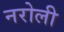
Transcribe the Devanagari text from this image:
नरोली